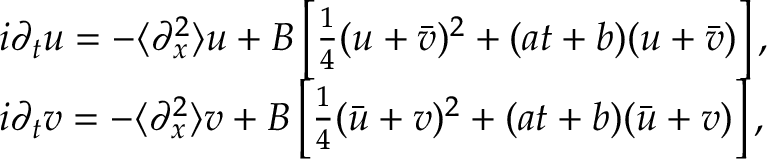
\begin{array} { r l } & { i \partial _ { t } u = - \langle \partial _ { x } ^ { 2 } \rangle u + B \left[ \frac { 1 } { 4 } ( u + \bar { v } ) ^ { 2 } + ( a t + b ) ( u + \bar { v } ) \right] , } \\ & { i \partial _ { t } v = - \langle \partial _ { x } ^ { 2 } \rangle v + B \left[ \frac { 1 } { 4 } ( \bar { u } + v ) ^ { 2 } + ( a t + b ) ( \bar { u } + v ) \right] , } \end{array}